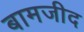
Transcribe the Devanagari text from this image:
बामजीद